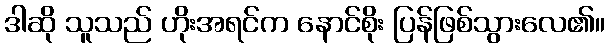
ဒါဆို သူသည် ဟိုးအရင်က နောင်စိုး ပြန်ဖြစ်သွားလေ၏။